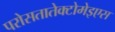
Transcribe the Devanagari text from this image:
परोसतातेक्टोमेइएस